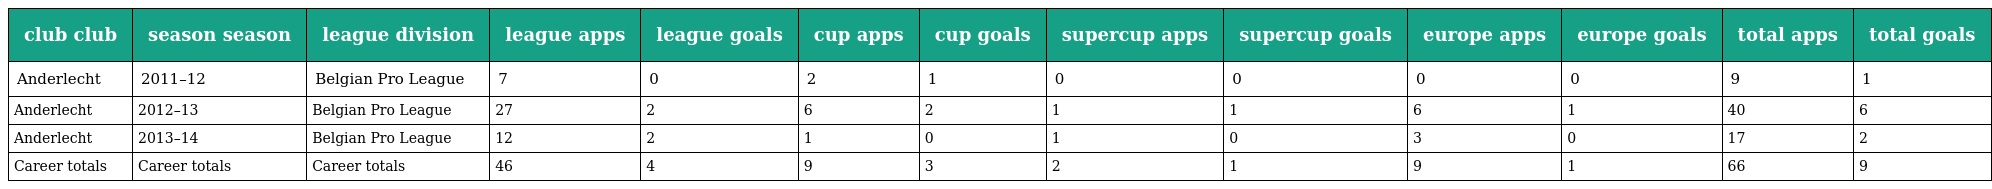
| club club | season season | league division | league apps | league goals | cup apps | cup goals | supercup apps | supercup goals | europe apps | europe goals | total apps | total goals |
 | --- | --- | --- | --- | --- | --- | --- | --- | --- | --- | --- | --- | --- |
 | Anderlecht | 2011–12 | Belgian Pro League | 7 | 0 | 2 | 1 | 0 | 0 | 0 | 0 | 9 | 1 |
 | Anderlecht | 2012–13 | Belgian Pro League | 27 | 2 | 6 | 2 | 1 | 1 | 6 | 1 | 40 | 6 |
 | Anderlecht | 2013–14 | Belgian Pro League | 12 | 2 | 1 | 0 | 1 | 0 | 3 | 0 | 17 | 2 |
 | Career totals | Career totals | Career totals | 46 | 4 | 9 | 3 | 2 | 1 | 9 | 1 | 66 | 9 |